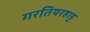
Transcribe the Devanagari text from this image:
गरतियरहाडु